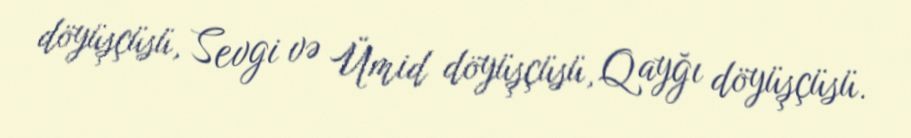
döyüşçüsü, Sevgi və Ümid döyüşçüsü, Qayğı döyüşçüsü.